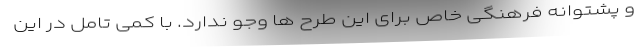
و پشتوانه فرهنگی خاص برای این طرح ها وجو ندارد. با کمی تامل در این